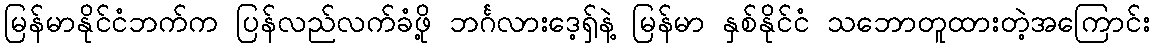
မြန်မာနိုင်ငံဘက်က ပြန်လည်လက်ခံဖို့ ဘင်္ဂလားဒေ့ရှ်နဲ့ မြန်မာ နှစ်နိုင်ငံ သဘောတူထားတဲ့အကြောင်း